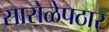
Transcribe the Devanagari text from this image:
सारोळेपठार